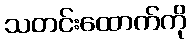
သတင်းထောက်ကို